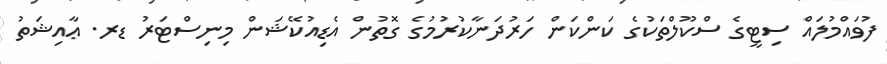
ފުވައްމުލައް ސިޓީގެ ސްކޫލްތަކުގެ ކަންކަން ހަރުދަނާކުރުމުގެ ގޮތުން އެޑިއުކޭޝަން މިނިސްޓަރު ޑރ. ޢާއިޝަތު